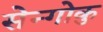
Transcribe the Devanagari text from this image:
सेन्गोकु